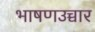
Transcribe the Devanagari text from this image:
भाषणउच्चार